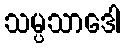
သမ္ပသာဒေါ